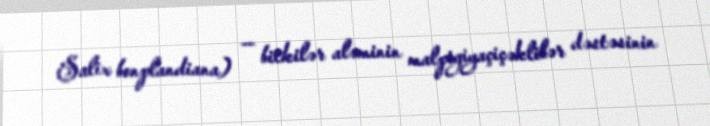
Salix bonplandiana) — bitkilər aləminin malpigiyaçiçəklilər dəstəsinin